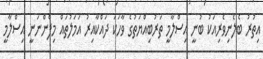
އިތުރު ބެލެނިވެރިއަކު ބުނީ އިސްލާމީ ތަރުބިއްޔަތުގެ ވާހަކަ ދައްކާއިރު އަމަލުތައް މިފެންނަނީ އިސްލާމީ